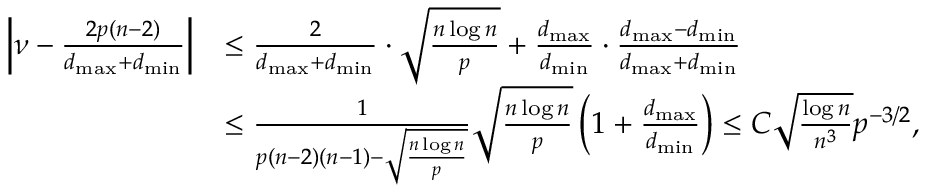
\begin{array} { r l } { \left| \nu - \frac { 2 p ( n - 2 ) } { d _ { \operatorname* { m a x } } + d _ { \operatorname* { m i n } } } \right| } & { \leq \frac { 2 } { d _ { \operatorname* { m a x } } + d _ { \operatorname* { m i n } } } \cdot \sqrt { \frac { n \log n } { p } } + \frac { d _ { \operatorname* { m a x } } } { d _ { \operatorname* { m i n } } } \cdot \frac { d _ { \operatorname* { m a x } } - d _ { \operatorname* { m i n } } } { d _ { \operatorname* { m a x } } + d _ { \operatorname* { m i n } } } } \\ & { \leq \frac { 1 } { p ( n - 2 ) ( n - 1 ) - \sqrt { \frac { n \log n } { p } } } \sqrt { \frac { n \log n } { p } } \left( 1 + \frac { d _ { \operatorname* { m a x } } } { d _ { \operatorname* { m i n } } } \right) \le C \sqrt { \frac { \log n } { n ^ { 3 } } } p ^ { - 3 / 2 } , } \end{array}